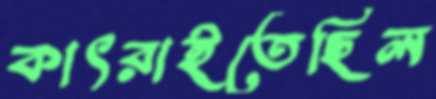
কাৎরাইতেছিল